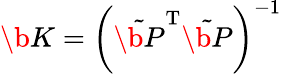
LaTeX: \b{K}=\left(\tilde{\b{P}}^{\mathrm{T}}\tilde{\b{P}}\right)^{-1}